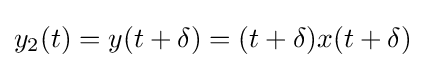
y_{2}(t)=y(t+\delta )=(t+\delta )x(t+\delta )